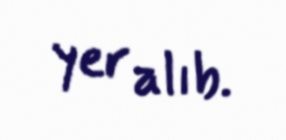
yer alıb.